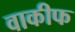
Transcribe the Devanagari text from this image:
वाकीफ